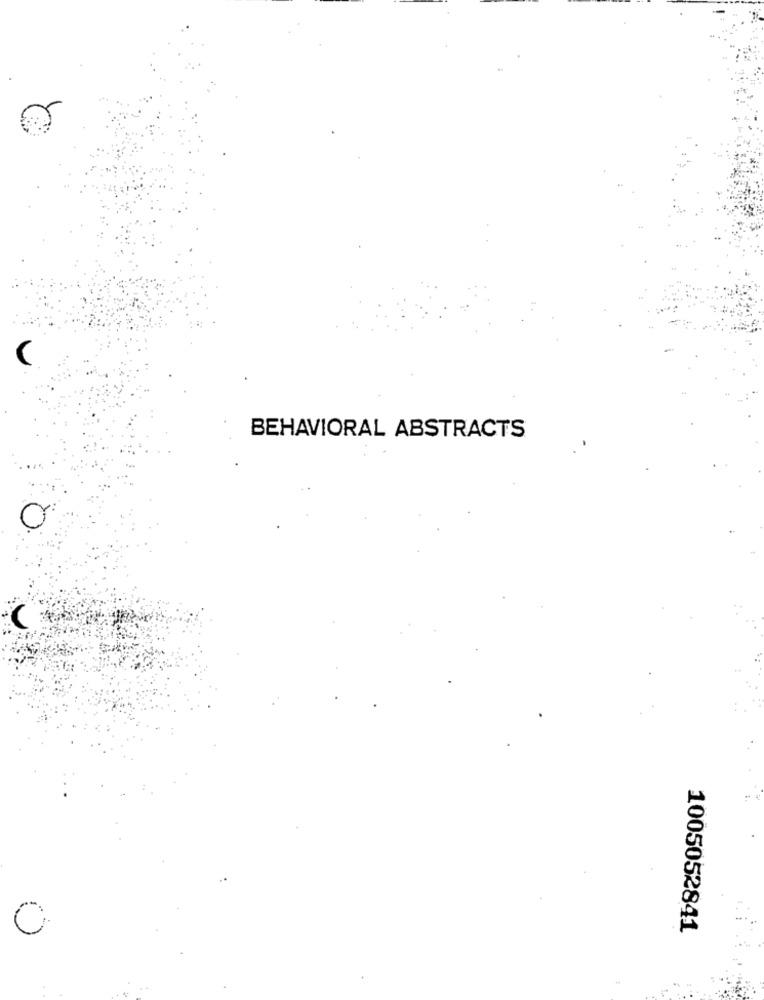
BEHAVIORAL ABSTRACTS
1005052841